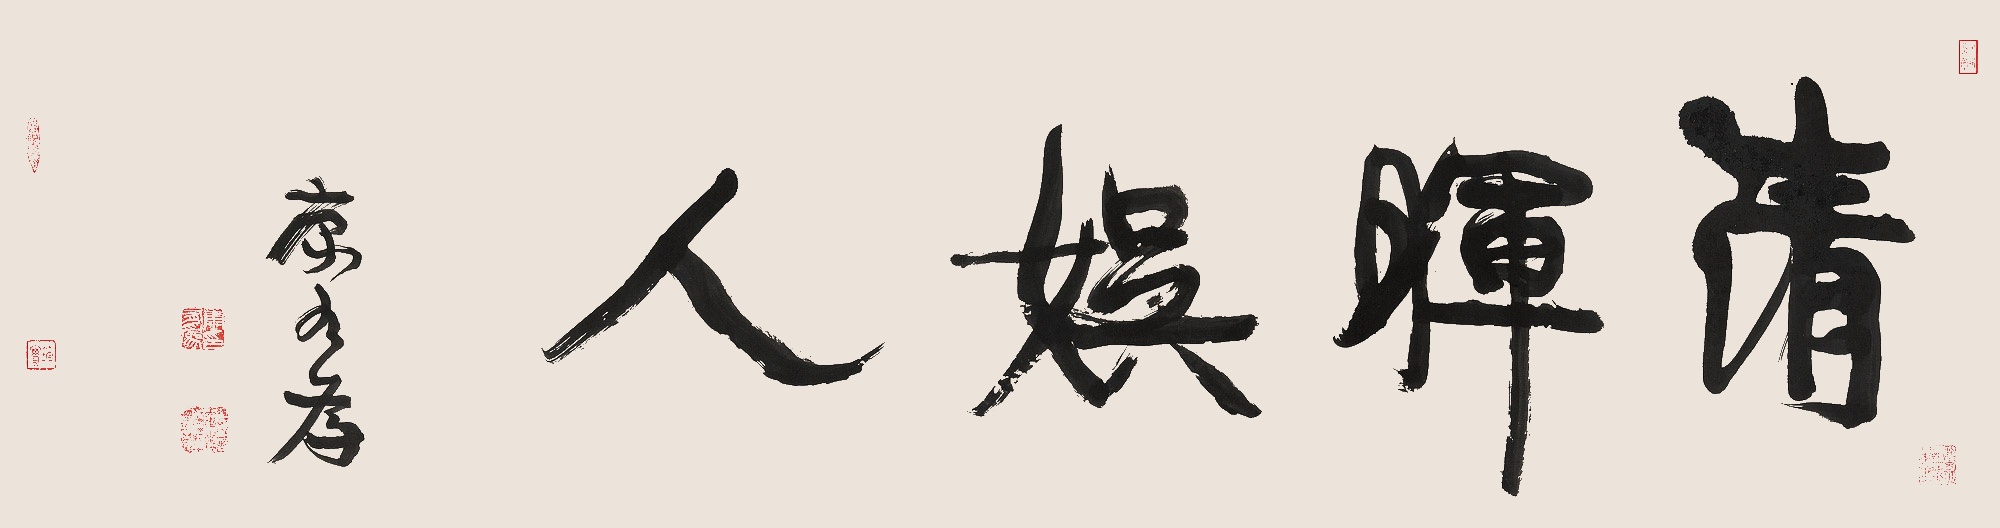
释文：清晖娱人。康有为。